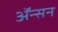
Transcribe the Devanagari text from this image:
ॲन्सन